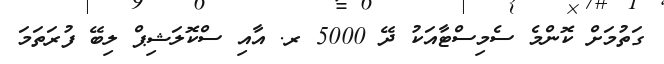
ގަތުމަށް ކޮންމެ ސެމިސްޓާއަކު ދޭ 5000 ރ. އާއި ސްކޮލަޝިޕް ލިބޭ ފުރަތަމަ